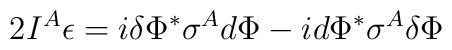
2 I^A \epsilon = i\delta \Phi^* \sigma^A d\Phi - id\Phi^* \sigma^A\delta \Phi